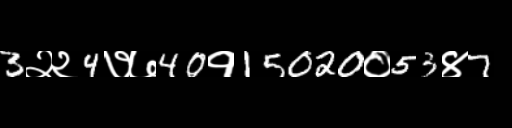
Text: 3२२4७७40१15020०53४7